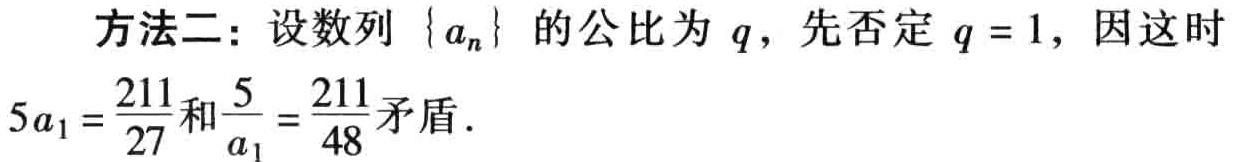
方法二：设数列\(\{ a_{n}\}\)的公比为\(q\)，先否定\(q = 1\)，因这时\(5a_{1}=\frac{211}{27}\)和\(\frac{5}{a_{1}}=\frac{211}{48}\)矛盾.